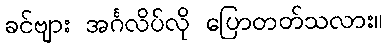
ခင်ဗျား အင်္ဂလိပ်လို ပြောတတ်သလား။